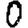
Digit: 0